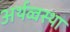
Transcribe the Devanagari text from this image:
अर्थव्वस्था